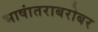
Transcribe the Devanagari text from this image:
भाषांतराबरोबर